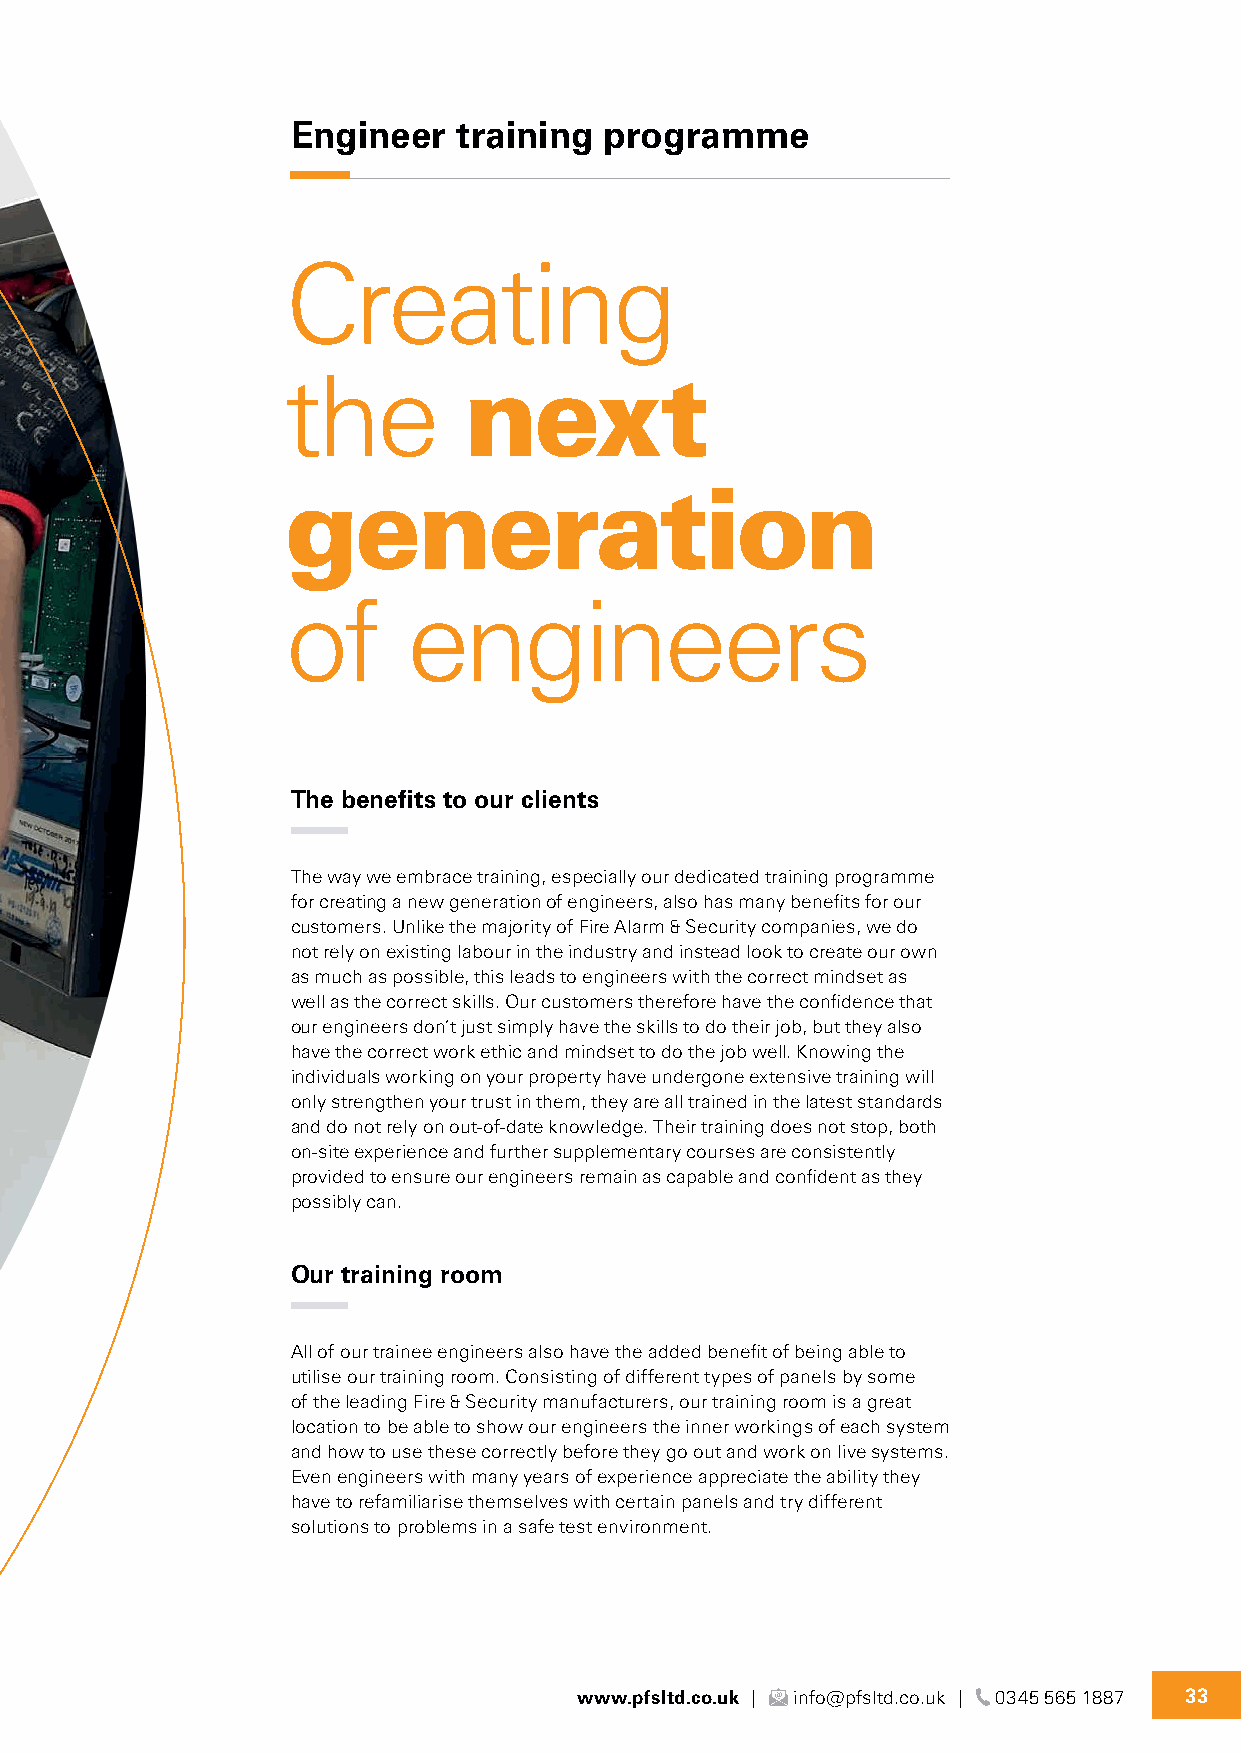
Engineer   training  programme
 Creating
 the         next
 generation
 of      engineers
 The benefits to our clients
 The way we embrace training, especially our dedicated training programme
 for creating a new generation of engineers, also has many benefits for our
 customers. Unlike the majority of Fire Alarm & Security companies, we do
 not rely on existing labour in the industry and instead look to create our own
 as much as possible, this leads to engineers with the correct mindset as
 well as the correct skills. Our customers therefore have the confidence that
 our engineers don’t just simply have the skills to do their job, but they also
 have the correct work ethic and mindset to do the job well. Knowing the
 individuals working on your property have undergone extensive training will
 only strengthen your trust in them, they are all trained in the latest standards
 and do not rely on out-of-date knowledge. Their training does not stop, both
 on-site experience and further supplementary courses are consistently
 provided to ensure our engineers remain as capable and confident as they
 possibly can.
 Our training room
 All of our trainee engineers also have the added benefit of being able to
 utilise our training room. Consisting of different types of panels by some
 of the leading Fire & Security manufacturers, our training room is a great
 location to be able to show our engineers the inner workings of each system
 and how to use these correctly before they go out and work on live systems.
 Even engineers with many years of experience appreciate the ability they
 have to refamiliarise themselves with certain panels and try different
 solutions to problems in a safe test environment.
 www.pfsltd.co.uk | info@pfsltd.co.uk | 0345 565 1887 33